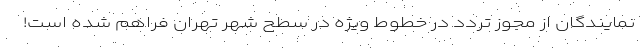
نمایندگان از مجوز تردد در خطوط ویژه در سطح شهر تهران فراهم شده است!